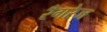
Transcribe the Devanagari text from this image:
रँगरेज